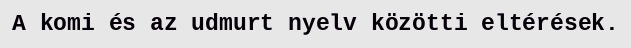
A komi és az udmurt nyelv közötti eltérések.